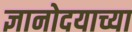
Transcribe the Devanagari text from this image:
ज्ञानोदयाच्या